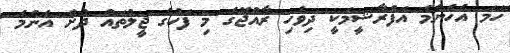
ހަމަ އެހެންމެ އަފްރާޝީމަކީ ދިވެހި ރާއްޖޭގެ މި ފަހުގެ ޖީލުތައް ދުށް އެންމެ